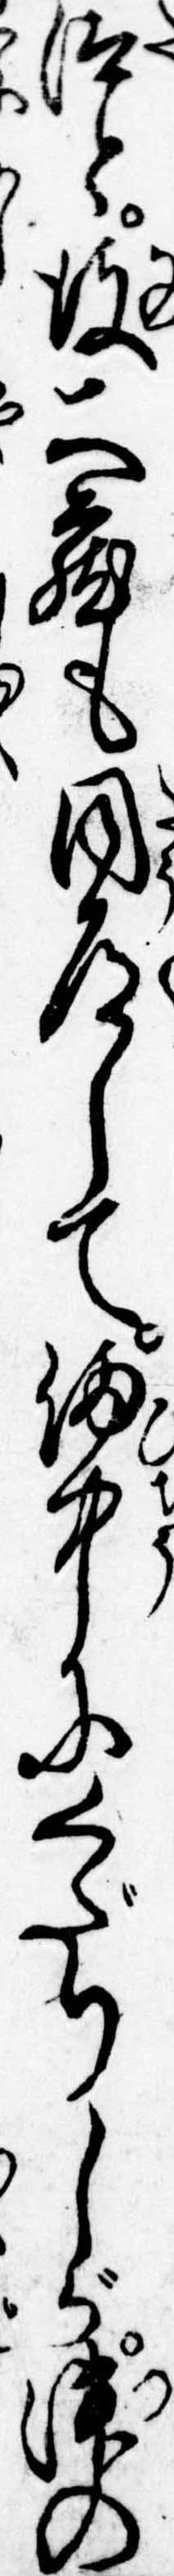
汰と彼蔵も同道して備中にくだりしが津の